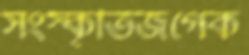
সংস্কৃতিজগেক